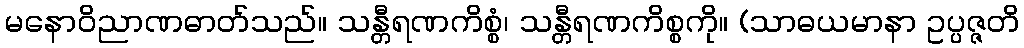
မနောဝိညာဏဓာတ်သည်။ သန္တီရဏကိစ္စံ၊ သန္တီရဏကိစ္စကို။ (သာဓယမာနာ ဥပ္ပဇ္ဇတိ